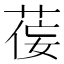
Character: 𫈘